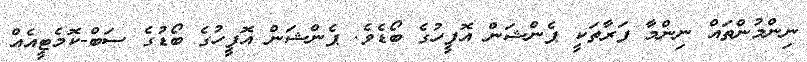
ނިންމުންތައް ނިންމާ ފަރާތަކީ ޕެންޝަން އޮފީހުގެ ބޯޑެވެ. ޕެންޝަން އޮފީހުގެ ބޯޑުގެ ސަބް-ކޮމެޓީއެއް